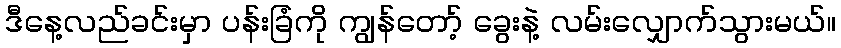
ဒီနေ့လည်ခင်းမှာ ပန်းခြံကို ကျွန်တော့် ခွေးနဲ့ လမ်းလျှောက်သွားမယ်။